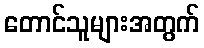
တောင်သူများအတွက်